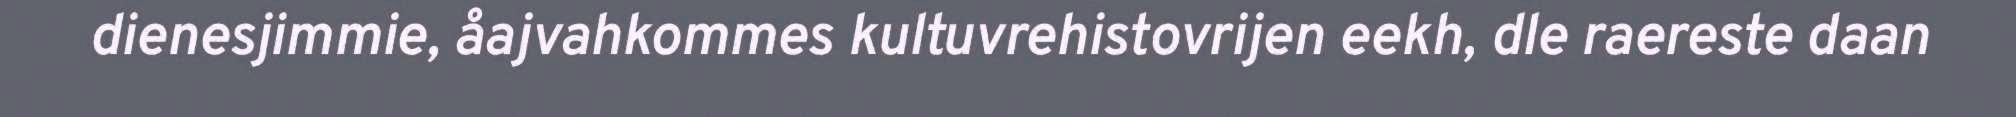
dienesjimmie, åajvahkommes kultuvrehistovrijen eekh, dle raereste daan